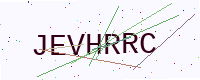
Text: JEVHRRC